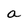
Character: a